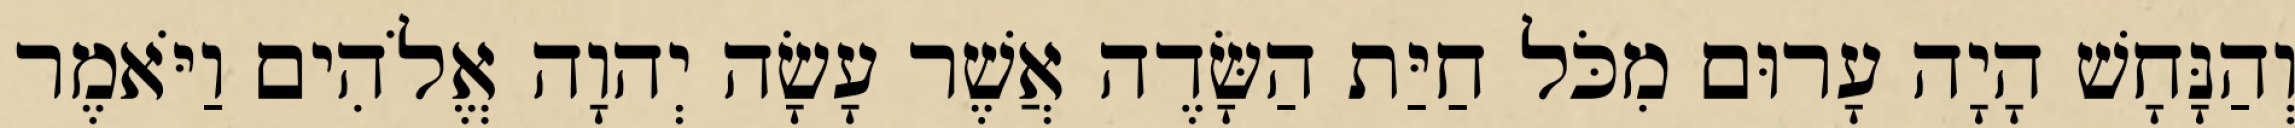
וְהַנָּחָשׁ הָיָה עָרוּם מִכֹּל חַיַּת הַשָּׂדֶה אֲשֶׁר עָשָׂה יְהוָה אֱלֹהִים וַיֹּאמֶר